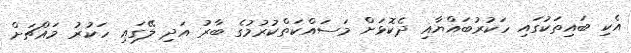
އެކި ބައިތަކުގައި ހަކުރުބައްޔާއި ދެކޮޅަށް މަސައްކަތްކުރުމުގެ ބާރު އަދި ލޭގައި ހަކުރު މައްޗަށް